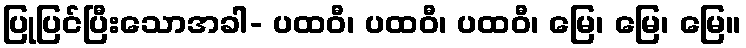
ပြုပြင်ပြီးသောအခါ- ပထဝီ၊ ပထဝီ၊ ပထဝီ၊ မြေ၊ မြေ၊ မြေ။